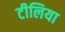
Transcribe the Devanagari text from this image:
टीलिया